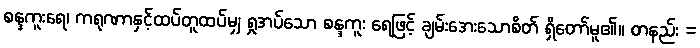
စန္ဒကူးရေ၊ ကရုဏာနှင့်ထပ်တူထပ်မျှ ရှုအပ်သော စန္ဒကူး ရေဖြင့် ချမ်းအေးသောစိတ် ရှိတော်မူ၏။ တနည်း =